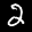
Label: 2